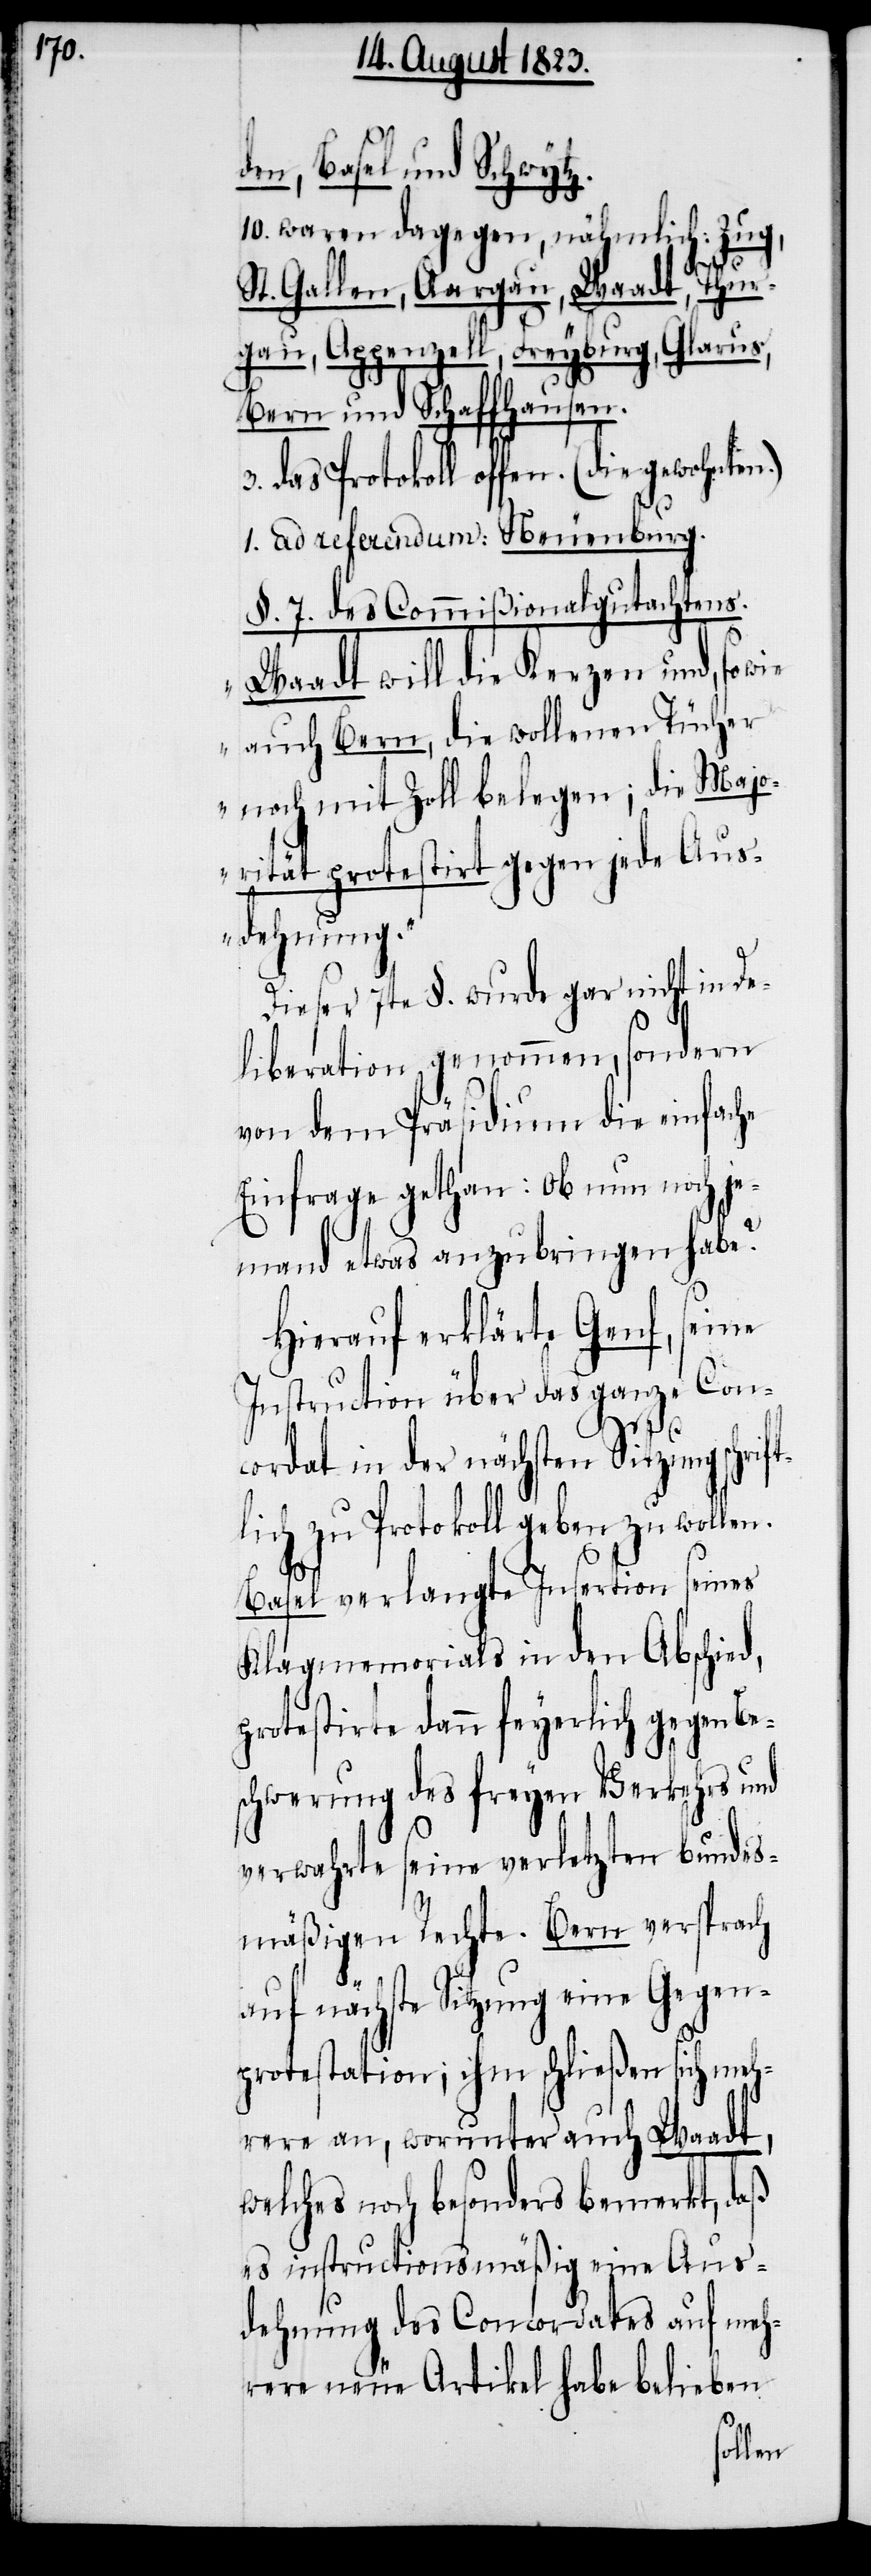
den, Basel und Schwytz.
10. waren dagegen, nähmlich: Zug,
ft¬
St. Gallen, Aargau, Waadt, Thur¬
gau, Appenzell, Freyburg, Glarus,
Bern und Schaffhausen.
3. das Protokoll offen.
1. ad referendum: Neuenburg.
§. 7. des Commißionalgutachtens.
„Waadt will die Kerzen und, so wie
auch Bern, die wollenen Tücher
noch mit Zoll belegen; die Majo¬
rität protestirt gegen jede Aus¬
dehnung.“
Dieser 7te §. wurde gar nicht in De¬
liberation genommen, sondern
von dem Präsidium die einfache
Einfrage gethan: Ob nun noch je¬
mand etwas anzubringen habe?
Hierauf erklärte Genf, seine
Instruction über das ganze Con¬
cordat in der nächsten Sitzung schri¬
lich zu Protokoll geben zu wollen.
Basel verlangte Insertion seines
Klagmemorials in den Abschied,
protestirte dann feyerlich gegen Be¬
schwerung des freyen Verkehrs und
verwahrte seine verletzten bundes¬
mäßigen Rechte. Bern versprach
auf nächste Sitzung eine Gegen¬
protestation; ihm schließen sich meh¬
rere an, worunter auch Waadt,
welches noch besonders bemerkt, daß
es instructionsmäßig eine Aus¬
dehnung des Concordates auf meh¬
rere neue Artikel habe belieben